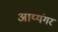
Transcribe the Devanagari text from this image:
अाय्यंगर